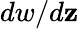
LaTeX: dw/d\mathbf{z}